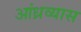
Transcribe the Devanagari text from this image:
आंध्रव्यास